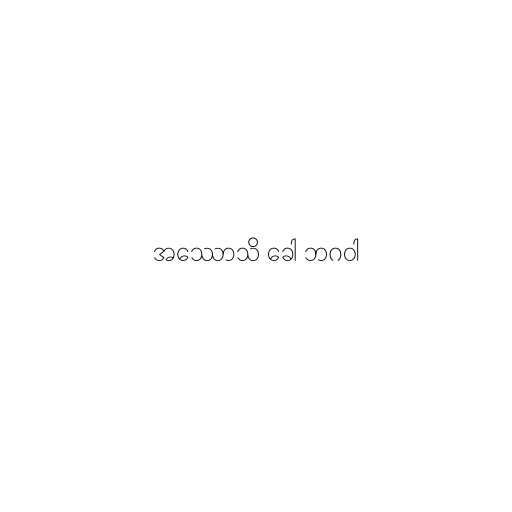
အဿောသိ ခေါ ဘဂဝါ